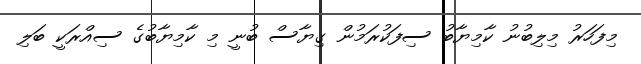
މިފަހަރު މިލިބުނު ކާމިޔާބު ސިފަކުރަމުން ގިޔާސް ބުނީ މި ކާމިޔާބުގެ ސިއްރަކީ ބަލި